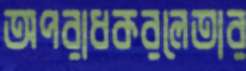
অপরাধকরলেতার